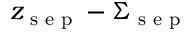
z _ { \textrm { s e p } } - \Sigma _ { \textrm { s e p } }